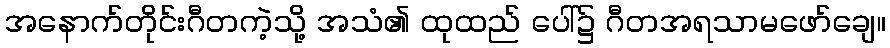
အနောက်တိုင်းဂီတကဲ့သို့ အသံ၏ ထုထည် ပေါ်၌ ဂီတအရသာမဖော်ချေ။